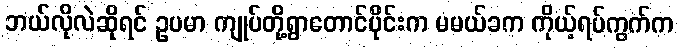
ဘယ်လိုလဲဆိုရင် ဥပမာ ကျုပ်တို့ရွာတောင်ပိုင်းက မမယ်ခက ကိုယ့်ရပ်ကွက်က